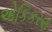
એકિકરણ